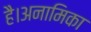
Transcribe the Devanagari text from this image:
है।अनामिका